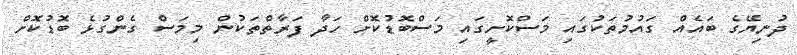
ދުނިޔޭގެ ބައެއް ގައުމުތަކުގައި މަސްކޮށީގައި މަސްބޮޑުކޮށް ހަދާ ފަރާތްތަކުން މިމަސް ގެންގުޅެ ބޮޑުކޮށް